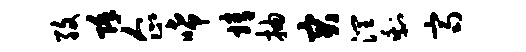
孜除企唏靖抽突润剩齐